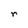
Character: r